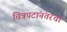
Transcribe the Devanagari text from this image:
चित्रपटांनंतरचा